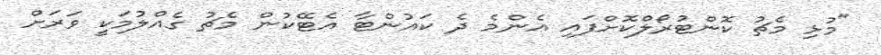
"މުޅި މެޗު ކޮންޓުރޯލްކޮށްފައި އެންމެ ދެ ކައުންޓާ އެޓޭކުން މެޗު ގެއްލުމަކީ ވަރަށް